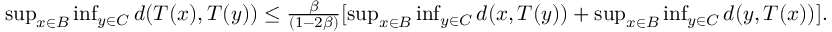
\begin{array} { r } { \operatorname* { s u p } _ { x \in B } \operatorname* { i n f } _ { y \in C } d ( T ( x ) , T ( y ) ) \le \frac { \beta } { ( 1 - 2 \beta ) } [ \operatorname* { s u p } _ { x \in B } \operatorname* { i n f } _ { y \in C } d ( x , T ( y ) ) + \operatorname* { s u p } _ { x \in B } \operatorname* { i n f } _ { y \in C } d ( y , T ( x ) ) ] . } \end{array}